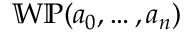
\mathbb { W P } ( a _ { 0 } , \ldots , a _ { n } )